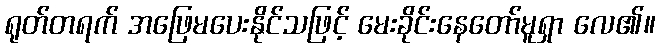
ရုတ်တရက် အဖြေမပေးနိုင်သဖြင့် မေးခိုင်းနေတော်မူရှာ လေ၏။